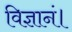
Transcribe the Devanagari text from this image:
विज्ञानं।